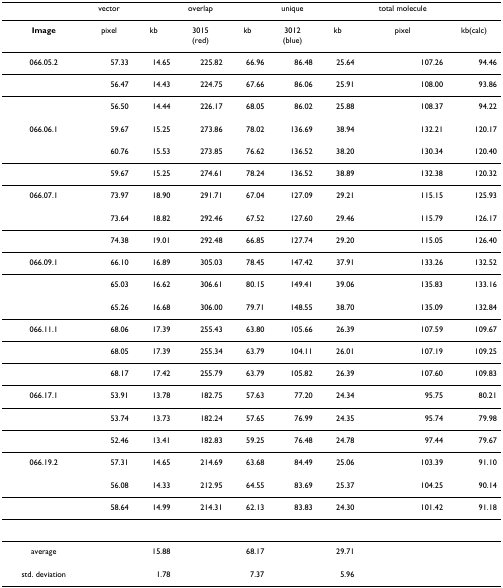
<table><thead><tr><td></td><td><b>vector</b></td><td></td><td><b>overlap</b></td><td></td><td><b>unique</b></td><td></td><td><b>total molecule</b></td><td></td></tr></thead><tbody><tr><td><b>Image</b></td><td>pixel</td><td>kb</td><td>3015(red)</td><td>kb</td><td>3012(blue)</td><td>kb</td><td>pixel</td><td>kb(calc)</td></tr><tr><td>066.05.2</td><td>57.33</td><td>14.65</td><td>225.82</td><td>66.96</td><td>86.48</td><td>25.64</td><td>107.26</td><td>94.46</td></tr><tr><td></td><td>56.47</td><td>14.43</td><td>224.75</td><td>67.66</td><td>86.06</td><td>25.91</td><td>108.00</td><td>93.86</td></tr><tr><td></td><td>56.50</td><td>14.44</td><td>226.17</td><td>68.05</td><td>86.02</td><td>25.88</td><td>108.37</td><td>94.22</td></tr><tr><td>066.06.1</td><td>59.67</td><td>15.25</td><td>273.86</td><td>78.02</td><td>136.69</td><td>38.94</td><td>132.21</td><td>120.17</td></tr><tr><td></td><td>60.76</td><td>15.53</td><td>273.85</td><td>76.62</td><td>136.52</td><td>38.20</td><td>130.34</td><td>120.40</td></tr><tr><td></td><td>59.67</td><td>15.25</td><td>274.61</td><td>78.24</td><td>136.52</td><td>38.89</td><td>132.38</td><td>120.32</td></tr><tr><td>066.07.1</td><td>73.97</td><td>18.90</td><td>291.71</td><td>67.04</td><td>127.09</td><td>29.21</td><td>115.15</td><td>125.93</td></tr><tr><td></td><td>73.64</td><td>18.82</td><td>292.46</td><td>67.52</td><td>127.60</td><td>29.46</td><td>115.79</td><td>126.17</td></tr><tr><td></td><td>74.38</td><td>19.01</td><td>292.48</td><td>66.85</td><td>127.74</td><td>29.20</td><td>115.05</td><td>126.40</td></tr><tr><td>066.09.1</td><td>66.10</td><td>16.89</td><td>305.03</td><td>78.45</td><td>147.42</td><td>37.91</td><td>133.26</td><td>132.52</td></tr><tr><td></td><td>65.03</td><td>16.62</td><td>306.61</td><td>80.15</td><td>149.41</td><td>39.06</td><td>135.83</td><td>133.16</td></tr><tr><td></td><td>65.26</td><td>16.68</td><td>306.00</td><td>79.71</td><td>148.55</td><td>38.70</td><td>135.09</td><td>132.84</td></tr><tr><td>066.11.1</td><td>68.06</td><td>17.39</td><td>255.43</td><td>63.80</td><td>105.66</td><td>26.39</td><td>107.59</td><td>109.67</td></tr><tr><td></td><td>68.05</td><td>17.39</td><td>255.34</td><td>63.79</td><td>104.11</td><td>26.01</td><td>107.19</td><td>109.25</td></tr><tr><td></td><td>68.17</td><td>17.42</td><td>255.79</td><td>63.79</td><td>105.82</td><td>26.39</td><td>107.60</td><td>109.83</td></tr><tr><td>066.17.1</td><td>53.91</td><td>13.78</td><td>182.75</td><td>57.63</td><td>77.20</td><td>24.34</td><td>95.75</td><td>80.21</td></tr><tr><td></td><td>53.74</td><td>13.73</td><td>182.24</td><td>57.65</td><td>76.99</td><td>24.35</td><td>95.74</td><td>79.98</td></tr><tr><td></td><td>52.46</td><td>13.41</td><td>182.83</td><td>59.25</td><td>76.48</td><td>24.78</td><td>97.44</td><td>79.67</td></tr><tr><td>066.19.2</td><td>57.31</td><td>14.65</td><td>214.69</td><td>63.68</td><td>84.49</td><td>25.06</td><td>103.39</td><td>91.10</td></tr><tr><td></td><td>56.08</td><td>14.33</td><td>212.95</td><td>64.55</td><td>83.69</td><td>25.37</td><td>104.25</td><td>90.14</td></tr><tr><td></td><td>58.64</td><td>14.99</td><td>214.31</td><td>62.13</td><td>83.83</td><td>24.30</td><td>101.42</td><td>91.18</td></tr><tr><td>average</td><td></td><td>15.88</td><td></td><td>68.17</td><td></td><td>29.71</td><td></td><td></td></tr><tr><td>std. deviation</td><td></td><td>1.78</td><td></td><td>7.37</td><td></td><td>5.96</td><td></td><td></td></tr></tbody></table>